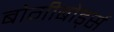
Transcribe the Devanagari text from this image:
बोगीबोर्ड्स